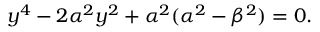
y ^ { 4 } - 2 \alpha ^ { 2 } y ^ { 2 } + \alpha ^ { 2 } ( \alpha ^ { 2 } - \beta ^ { 2 } ) = 0 .